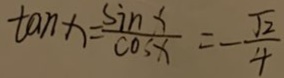
\tan x = \frac { \sin x } { \cos x } = - \frac { \sqrt { 2 } } { 4 }